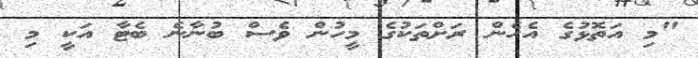
"މި އަތޮޅުގެ އެހެން ރަށްތަކުގެ މީހުން ވެސް ބުނާނެ ބެޓާ އަކީ މި